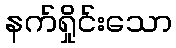
နက်ရှိုင်းသော